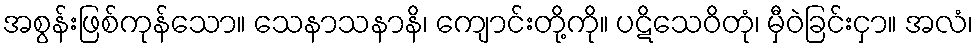
အစွန်းဖြစ်ကုန်သော။ သေနာသနာနိ၊ ကျောင်းတို့ကို။ ပဋိသေဝိတုံ၊ မှီဝဲခြင်းငှာ။ အလံ၊